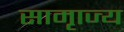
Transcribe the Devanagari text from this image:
सामृाज्य